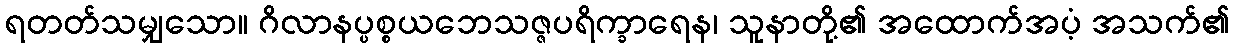
ရတတ်သမျှသော။ ဂိလာနပ္ပစ္စယဘေသဇ္ဇပရိက္ခာရေန၊ သူနာတို့၏ အထောက်အပံ့ အသက်၏